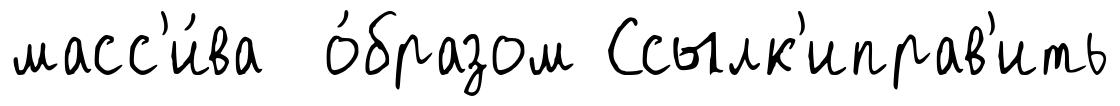
масс'и́ва о́бразом Ссылк'иправ'ить